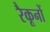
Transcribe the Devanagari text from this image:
रैकूनों